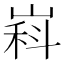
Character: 嵙